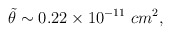
\begin{align*}{\tilde \theta} \sim 0.22\times 10^{-11} \,\, cm^2, \end{align*}